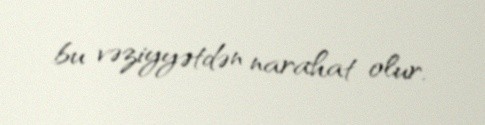
bu vəziyyətdən narahat olur.